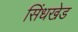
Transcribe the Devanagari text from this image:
सिंधखेड